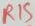
Text: R15